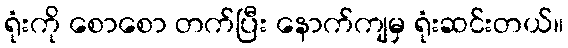
ရုံးကို စောစော တက်ပြီး နောက်ကျမှ ရုံးဆင်းတယ်။